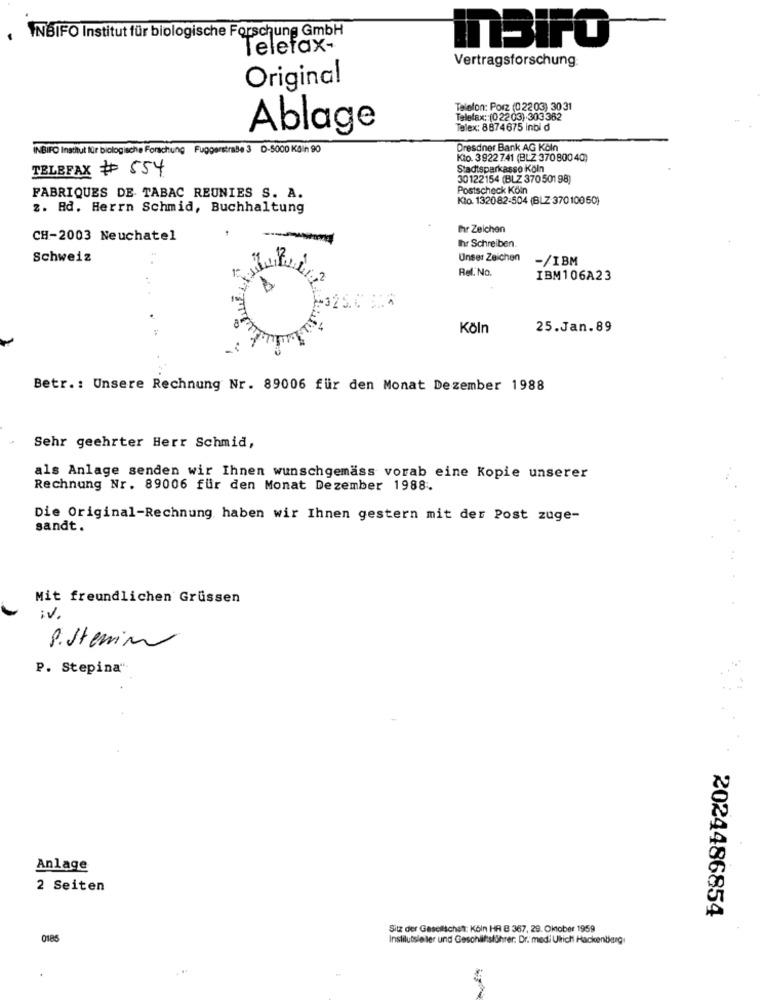
INBIFO Institut für biologische Forschung GmbH
Telefax-
InBiFO
Vertragsforschung:
Original
Telefon: Porz (02203) 3031
Telefax: (02203).303362
Ablage
Telex: 8874675 inbi d
INBIFO Institut für biologische Forschung Fuggerstraße 3 D-5000 Kčin 90
Dresdner Bank AG Köln
Kto. 3922 741 (BLZ 370 800 40)
TELEFAX # 554
Stadtsparkasse Köln
30122154 (BLZ 370501 98)
Postscheck Köln
FABRIQUES DE TABAC REUNIES S. A.
Klo. 132082-504 (BLZ-37010050)
2. Ad. Herrn Schmid, Buchhaltung
Ihr Zeichen
CH-2003 Neuchatel
Ihr Schreiben.
Schweiz
Unser Zeichen
-/IBM
Rel. No.
IBM106A23
Köln
25.Jan.89
Betr .: Unsere Rechnung Nr. 89006 für den Monat Dezember 1988
Sehr geehrter Herr Schmid,
als Anlage senden wir Ihnen wunschgemäss vorab eine Kopie unserer
Rechnung Nr. 89006 für den Monat Dezember 1988.
Die Original-Rechnung haben wir Ihnen gestern mit der Post zuge-
sandt.
Mit freundlichen Grüssen
iv
Pistenin
P. Stepina"
Anlage
2 Seiten
2024486854
Sitz der Gesellichet: Köln HR B 367, 29. Oktober 1959
0185
Instilutsleiler und Geschliftsführer: Dr. medi Ulrich Hackenberg